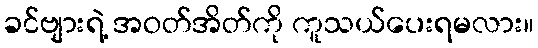
ခင်ဗျားရဲ့ အဝတ်အိတ်ကို ကူသယ်ပေးရမလား။